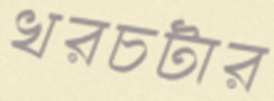
খরচটার